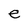
Character: e